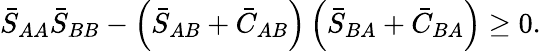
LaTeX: \bar{S}_{AA}\bar{S}_{BB}-\left(\bar{S}_{AB}+\bar{C}_{AB}\right)\left(\bar{S}_{BA}+\bar{C}_{BA}\right)\geq 0.